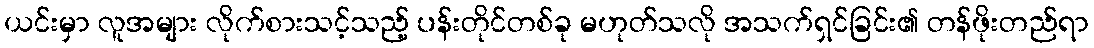
ယင်းမှာ လူအများ လိုက်စားသင့်သည့် ပန်းတိုင်တစ်ခု မဟုတ်သလို အသက်ရှင်ခြင်း၏ တန်ဖိုးတည်ရာ